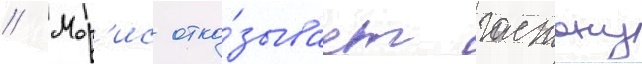
// Мор'ис отка́зывает гастону